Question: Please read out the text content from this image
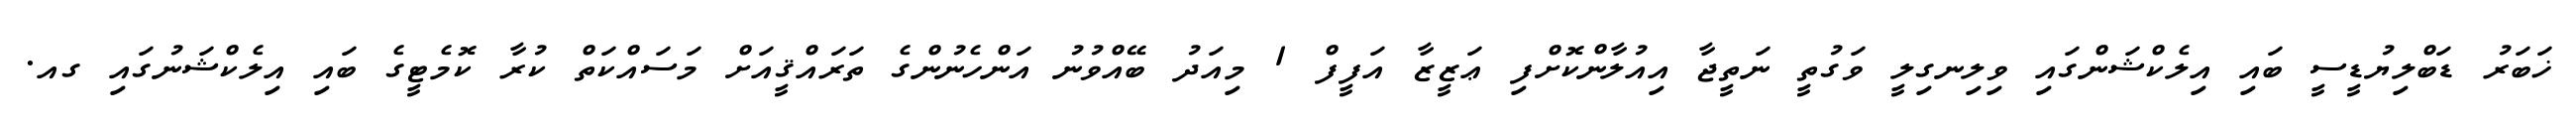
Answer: ޚަބަރު ޑަބްލިޔުޑީސީ ބައި އިލެކްޝަންގައި ވިލިނގިލީ ވަގުތީ ނަތީޖާ އިއުލާންކޮށްފި ޢަޒީޒާ އަފީފް 1 މިއަދު ބޭއްވުނު އަންހެނުންގެ ތަރައްޤީއަށް މަސައްކަތް ކުރާ ކޮމެޓީގެ ބައި އިލެކްޝަނުގައި ގއ.